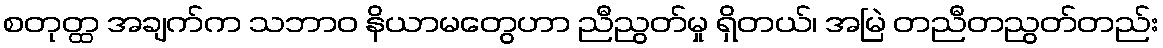
စတုတ္ထ အချက်က သဘာဝ နိယာမတွေဟာ ညီညွတ်မှု ရှိတယ်၊ အမြဲ တညီတညွတ်တည်း